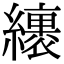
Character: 𦆪